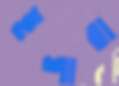
ইশারা